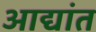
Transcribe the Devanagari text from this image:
आद्यांत